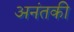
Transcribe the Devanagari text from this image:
अनंतकी